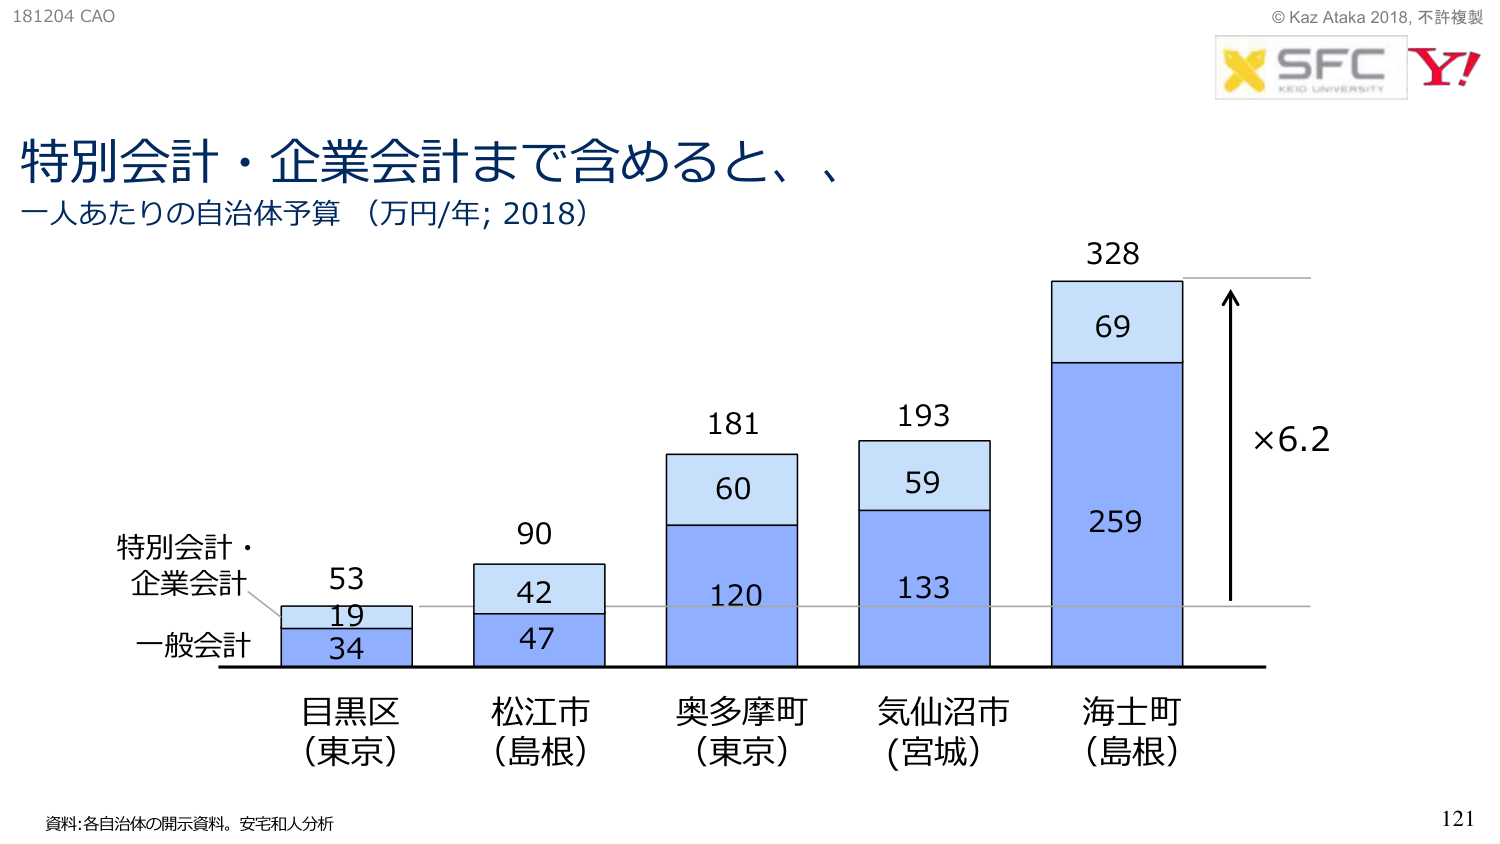
181204 CAO
© Kaz Ataka 2018, 不許複製
X SFC
KEIO UNIVERSITY
Y!

特別会計・企業会計まで含めると、、
一人あたりの自治体予算（万円/年; 2018）

特別会計・
企業会計
一般会計

53
19
34

90
42
47

181
60
120

193
59
133

328
69
259

×6.2

目黒区
（東京）

松江市
（島根）

奥多摩町
（東京）

気仙沼市
（宮城）

海士町
（島根）

資料: 各自治体の開示資料。安宅和人分析

121